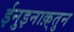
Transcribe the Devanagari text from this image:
ईनुइनाक़्तुन